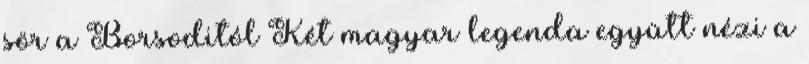
sör a Borsoditól Két magyar legenda együtt nézi a